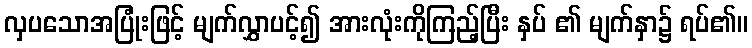
လှပသောအပြုံးဖြင့် မျက်လွှာပင့်၍ အားလုံးကိုကြည့်ပြီး နှပ် ၏ မျက်နှာ၌ ရပ်၏။